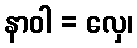
နာဝါ = လှေ၊